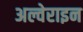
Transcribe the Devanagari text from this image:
अल्वेराइन